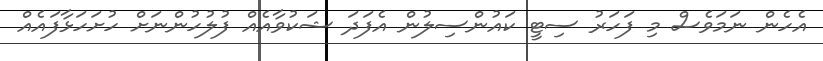
އެހެން ނަމަވެސް މި ފަހަރު ސިޓީ ކައުންސިލުން އެފަދަ ޝަކުވާއެއް ފުލުހުންނަށް ހުށަހަޅާފައެއް